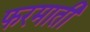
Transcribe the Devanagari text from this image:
फरमाती